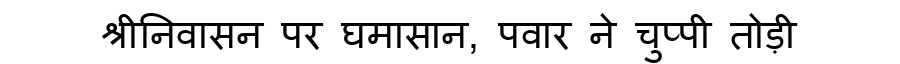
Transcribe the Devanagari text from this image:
श्रीनिवासन पर घमासान, पवार ने चुप्पी तोड़ी